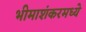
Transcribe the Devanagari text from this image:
भीमाशंकरमध्ये